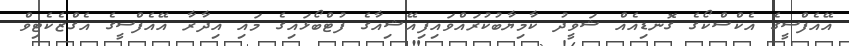
އޭއެފްސީގެ އެކްސްކޯގެ ގޮނޑިއެއް ޝަވީދު ކާމިޔާބުކުރައްވައިފިއޭޝިއާގެ ފުޓްބޯޅައިގެ މައި އިދާރާ އޭއެފްސީގެ އެގްޒެެކެޓިވް